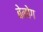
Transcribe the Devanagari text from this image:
बेनोग